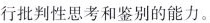
行批判性思考和鉴别的能力。